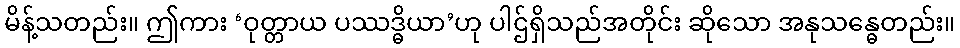
မိန့်သတည်း။ ဤကား ‘ဝုတ္တာယ ပဿဒ္ဓိယာ’ဟု ပါဌ်ရှိသည်အတိုင်း ဆိုသော အနုသန္ဓေတည်း။